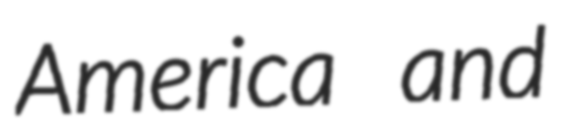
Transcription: America and